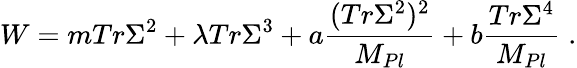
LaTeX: W=mTr\Sigma^{2}+\lambda Tr\Sigma^{3}+a{\frac{(Tr\Sigma^{2})^{2}}{M_{Pl}}}+b{\frac{Tr\Sigma^{4}}{M_{Pl}}}\; .